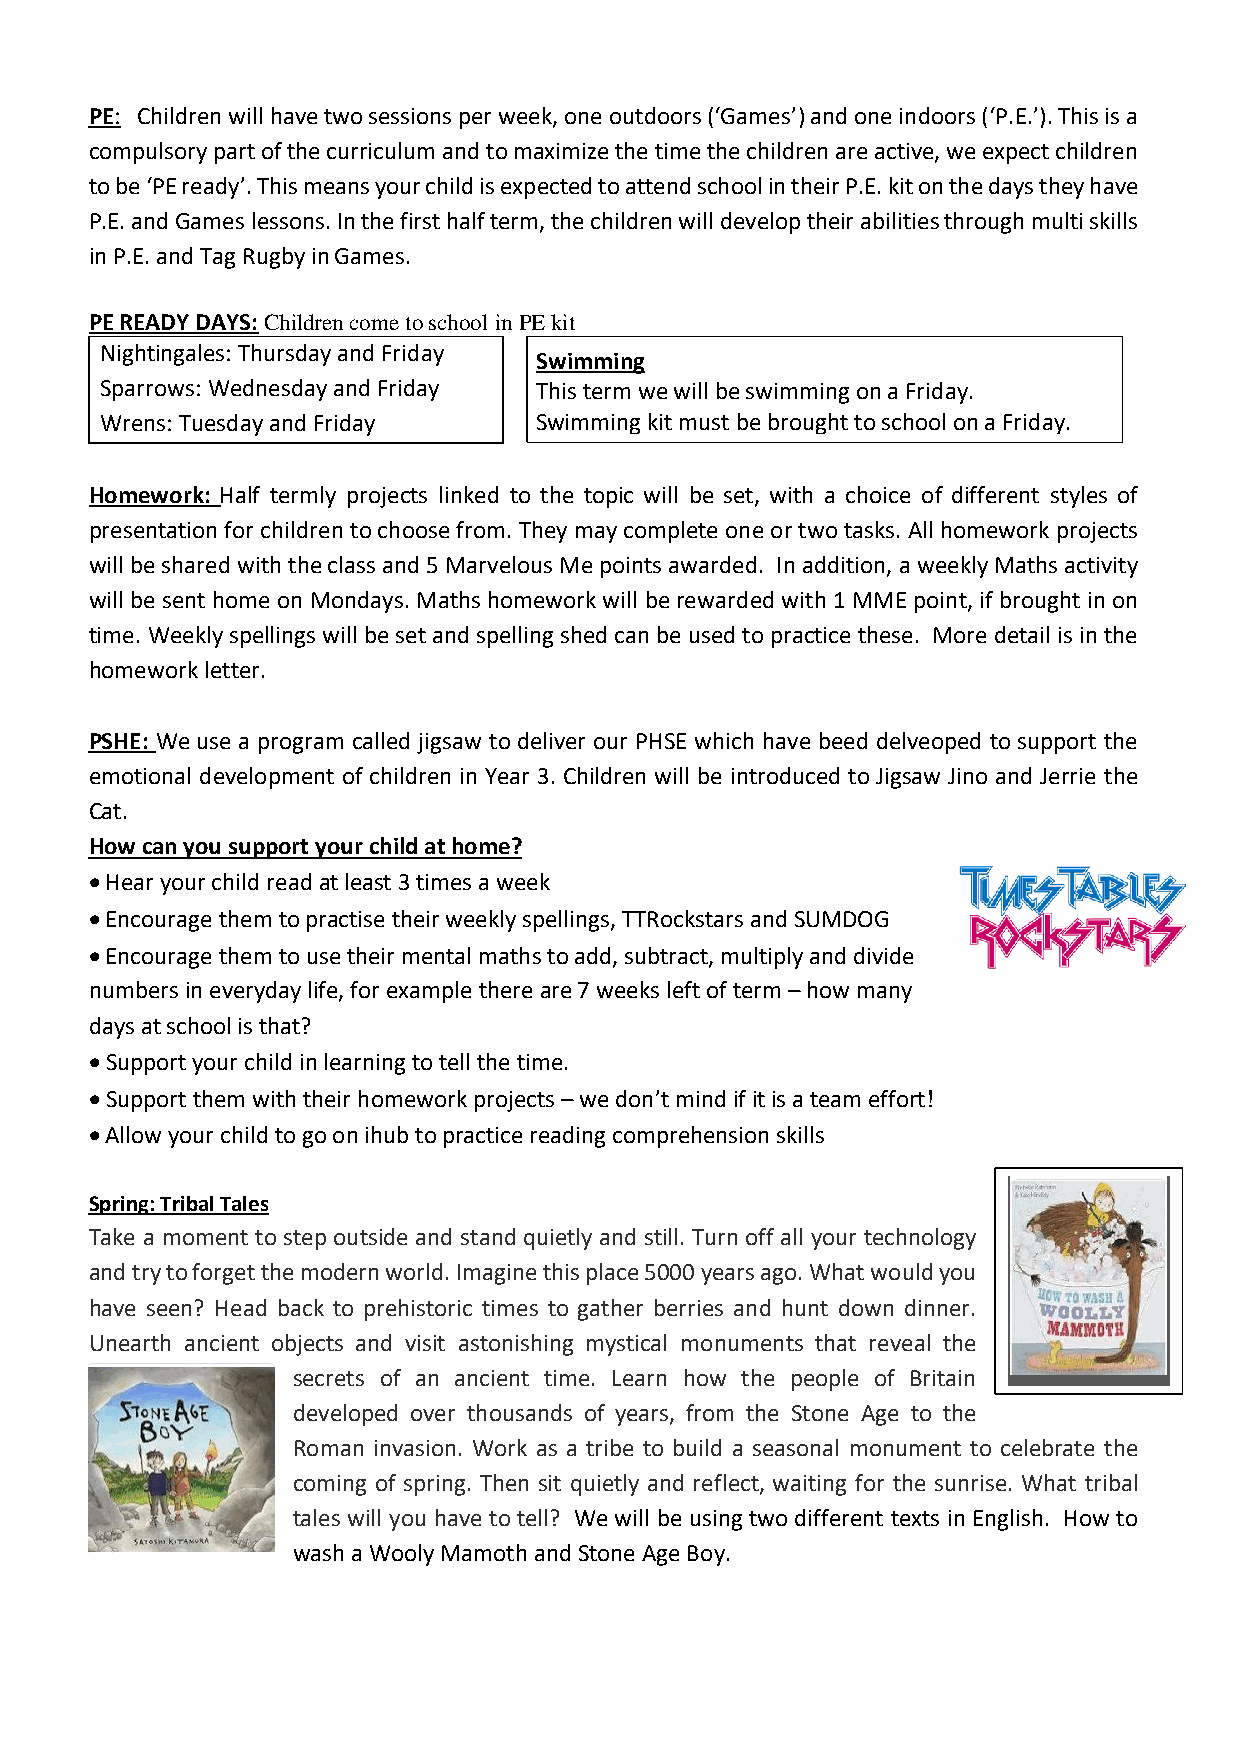
PE: Children will have two sessions per week, one outdoors (‘Games’) and one indoors (‘P.E.’). This is a
 compulsory part of the curriculum and to maximize the time the children are active, we expect children
 to be ‘PE ready’. This means your child is expected to attend school in their P.E. kit on the days they have
 P.E. and Games lessons. In the first half term, the children will develop their abilities through multi skills
 in P.E. and Tag Rugby in Games.
 PE READY DAYS: Children come to school in PE kit
 Nightingales: Thursday and Friday
 Swimming
 Sparrows: Wednesday and Friday This term we will be swimming on a Friday.
 Wrens: Tuesday and Friday   Swimming kit must be brought to school on a Friday.
 Homework: Half termly projects linked to the topic will be set, with a choice of different styles of
 presentation for children to choose from. They may complete one or two tasks. All homework projects
 will be shared with the class and 5 Marvelous Me points awarded. In addition, a weekly Maths activity
 will be sent home on Mondays. Maths homework will be rewarded with 1 MME point, if brought in on
 time. Weekly spellings will be set and spelling shed can be used to practice these. More detail is in the
 homework letter.
 PSHE: We use a program called jigsaw to deliver our PHSE which have beed delveoped to support the
 emotional development of children in Year 3. Children will be introduced to Jigsaw Jino and Jerrie the
 Cat.
 How can you support your child at home?
  Hear your child read at least 3 times a week
  Encourage them to practise their weekly spellings, TTRockstars and SUMDOG
  Encourage them to use their mental maths to add, subtract, multiply and divide
 numbers in everyday life, for example there are 7 weeks left of term – how many
 days at school is that?
  Support your child in learning to tell the time.
  Support them with their homework projects – we don’t mind if it is a team effort!
  Allow your child to go on ihub to practice reading comprehension skills
 Spring: Tribal Tales
 Take a moment to step outside and stand quietly and still. Turn off all your technology
 and try to forget the modern world. Imagine this place 5000 years ago. What would you
 have seen? Head back to prehistoric times to gather berries and hunt down dinner.
 Unearth ancient objects and visit astonishing mystical monuments that reveal the
 secrets of an ancient time. Learn how the people of Britain
 developed over thousands of years, from the Stone Age to the
 Roman invasion. Work as a tribe to build a seasonal monument to celebrate the
 coming of spring. Then sit quietly and reflect, waiting for the sunrise. What tribal
 tales will you have to tell? We will be using two different texts in English. How to
 wash a Wooly Mamoth and Stone Age Boy.